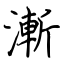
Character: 漸